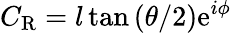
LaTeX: C_{\mathrm{R}}=l\tan\left(\theta/2\right)\mathrm{e}^{i\phi}